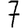
Digit: 7